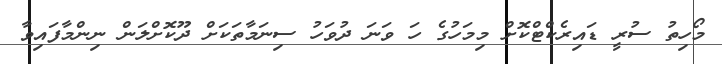
މޯހިތު ސުރީ ޑައިރެކްޓްކޮށް މިމަހުގެ ހަ ވަނަ ދުވަހު ސިނަމާތަކަށް ދޫކޮށްލަން ނިންމާފައިވާ